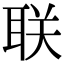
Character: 联